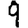
Digit: 9